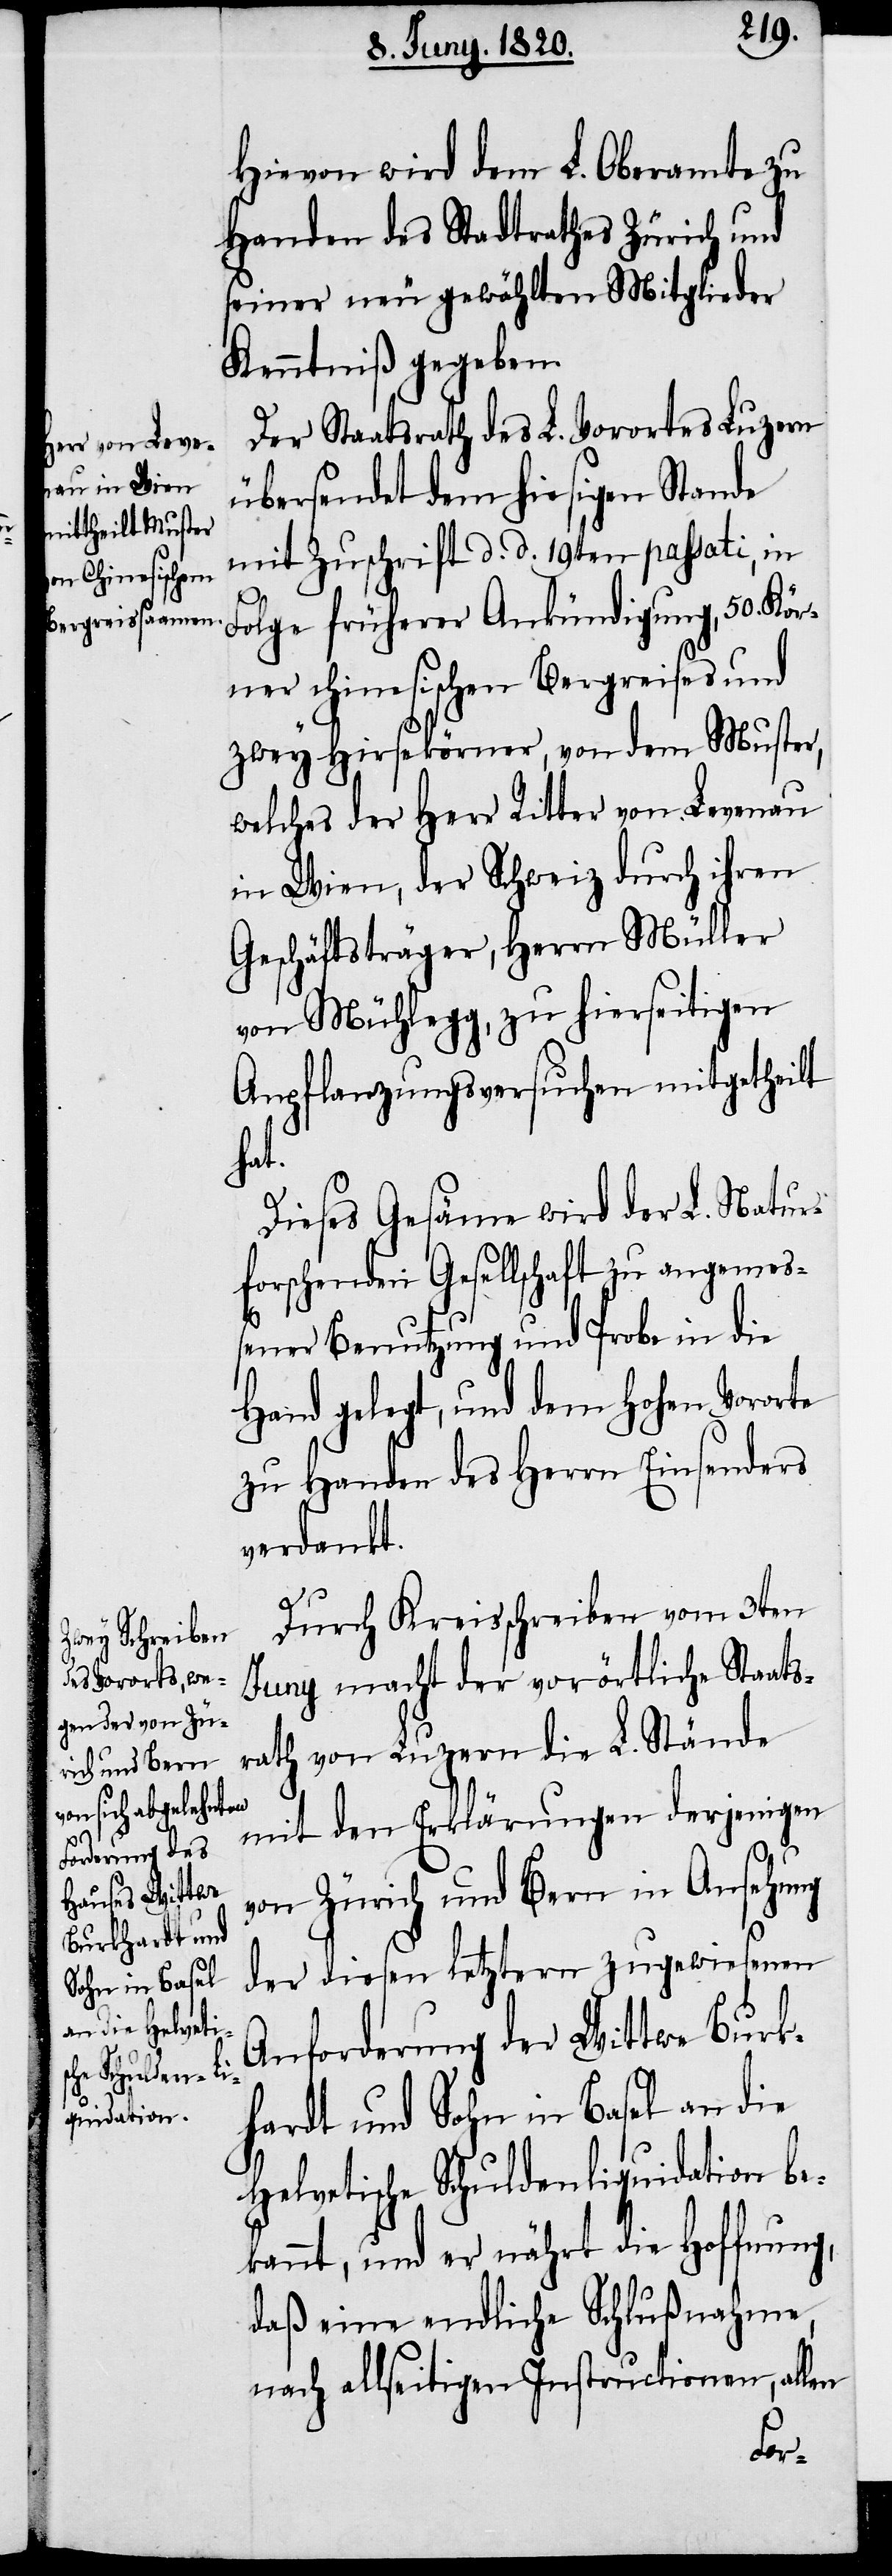
Hievon wird dem L. Oberamte zu
Handen des Stadtrathes Zürich und
seiner neu gewählten Mitglieder
Kenntniß gegeben.
Der Staatsrath des L. Vorortes Luzern
übersendet dem hiesigen Stande
mit Zuschrift d. d. 19ten passati, in
Folge früherer Ankündigung, 50. Kör¬
ner chinesischen Bergreises und
zwey Hirsekörner, von dem Muster,
welches der Herr Ritter von Levenau
in Wien, der Schweiz durch ihren
Geschäftsträger, Herrn Müller
von Mühlegg, zu hierseitigen
Anpflanzungsversuchen mitgetheilt
hat.
Dieses Gesäme wird der L. Natur¬
forschenden Gesellschaft zu angemeß¬
ener Benutzung und Probe in die
Hand gelegt, und dem hohen Vororte
zu Handen des Herrn Einsenders
verdankt.
Durch Kreisschreiben vom 3ten
Juny macht der vorörtliche Staats¬
rath von Luzern die L. Stände
mit den Erklärungen derjenigen
von Zürich und Bern in Ansehung
der diesen letztern zugewiesenen
Anforderung der Wittwe Burk¬
hardt und Sohn in Basel an die
helvetische Schuldenliquidation be¬
kannt, und er nährt die Hoffnung,
daß eine endliche Schlußnahme,
nach allseitigen Instructionen, allen